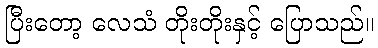
ပြီးတော့ လေသံ တိုးတိုးနှင့် ပြောသည်။